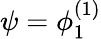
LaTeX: \psi=\phi_{1}^{(1)}